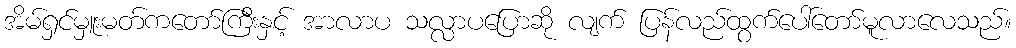
အိမ်ရှင်မှူးမတ်ကတော်ကြီးနှင့် အာလာပ သလ္လာပပြောဆို လျက် ပြန်လည်ထွက်ပေါ်တော်မူလာလေသည်။